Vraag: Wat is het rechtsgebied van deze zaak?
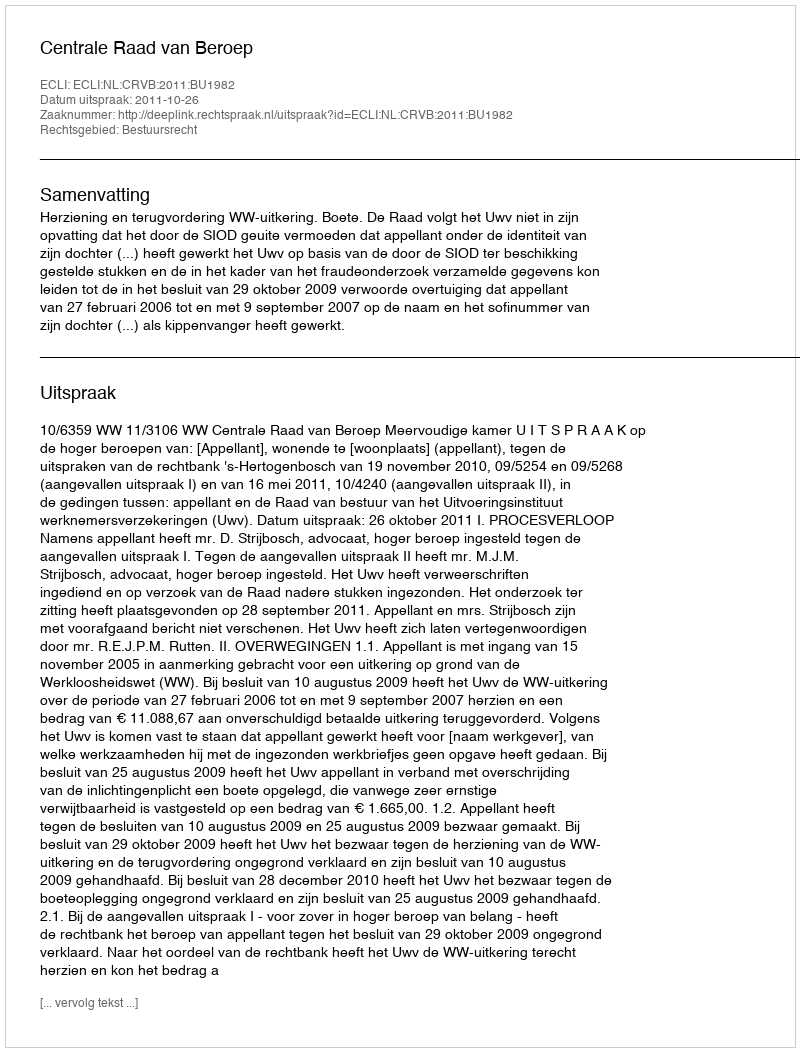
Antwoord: Bestuursrecht